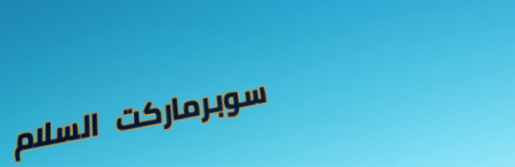
سوبرماركت السلام